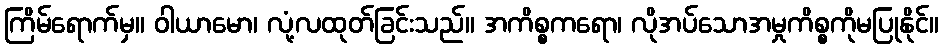
ကြိမ်ရောက်မှ။ ဝါယာမော၊ လုံ့လထုတ်ခြင်းသည်။ အကိစ္စကရော၊ လိုအပ်သောအမှုကိစ္စကိုမပြုနိုင်။